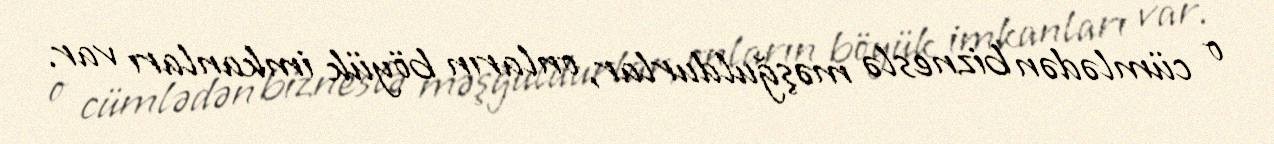
o cümlədən bizneslə məşğuldurlar, onların böyük imkanları var.